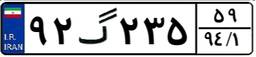
۹۲گ۲۳۵۵۹